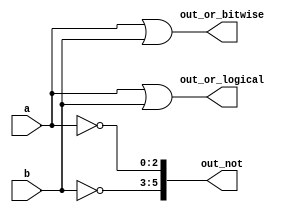
/**
 * Build a circuit that has two 3-bit inputs that computes the bitwise-OR of the two vectors, the logical-OR of the two vectors, and the inverse (NOT) of both vectors. Place the inverse of b in the upper half of out_not (i.e., bits [5:3]), and the inverse of a in the lower half.
 */

module top_module( 
    input [2:0] a,
    input [2:0] b,
    output [2:0] out_or_bitwise,
    output out_or_logical,
    output [5:0] out_not
);

    assign out_or_bitwise = a | b;
    assign out_or_logical = a || b;
    assign out_not = {~b, ~a};

endmodule